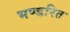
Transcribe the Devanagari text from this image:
भण्डरित